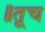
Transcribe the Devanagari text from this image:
॥तूच